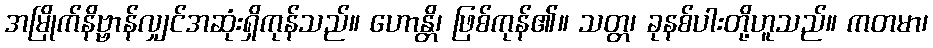
အမြိုက်နိဗ္ဗာန်လျှင်အဆုံးရှိကုန်သည်။ ဟောန္တိ၊ ဖြစ်ကုန်၏။ သတ္တ၊ ခုနစ်ပါးတို့ဟူသည်။ ကတမာ၊